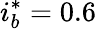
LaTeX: i_{b}^{*}=0.6